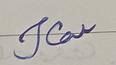
Signature authenticity: forged